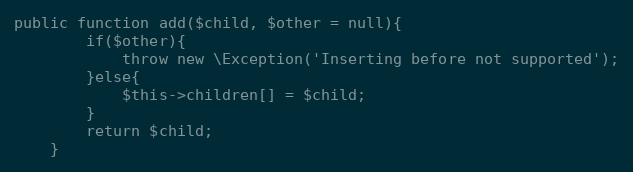
Language: PHP
public function add($child, $other = null){
		if($other){
			throw new \Exception('Inserting before not supported');
		}else{
			$this->children[] = $child;
		}
		return $child;
	}